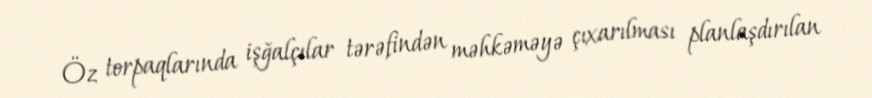
Öz torpaqlarında işğalçılar tərəfindən məhkəməyə çıxarılması planlaşdırılan